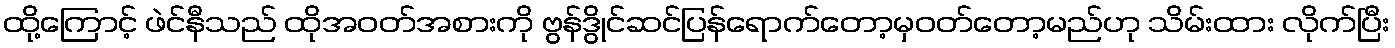
ထို့ကြောင့် ဖဲင်နီသည် ထိုအဝတ်အစားကို ဗွန်ဒွိုင်ဆင်ပြန်ရောက်တော့မှဝတ်တော့မည်ဟု သိမ်းထား လိုက်ပြီး